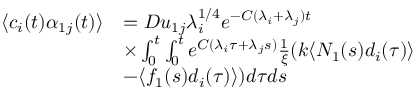
\begin{array} { r l } { \langle c _ { i } ( t ) \alpha _ { 1 j } ( t ) \rangle } & { = D u _ { 1 j } \lambda _ { i } ^ { 1 / 4 } e ^ { - C ( \lambda _ { i } + \lambda _ { j } ) t } } \\ & { \times \int _ { 0 } ^ { t } \int _ { 0 } ^ { t } e ^ { C ( \lambda _ { i } \tau + \lambda _ { j } s ) } \frac { 1 } { \xi } ( k \langle N _ { 1 } ( s ) d _ { i } ( \tau ) \rangle } \\ & { - \langle f _ { 1 } ( s ) d _ { i } ( \tau ) \rangle ) d \tau d s } \end{array}